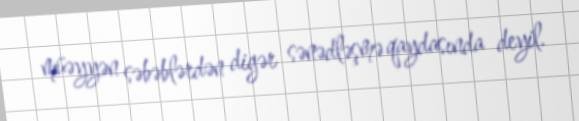
müəyyən səbəblərdən digər sənədləşmə qaydasında deyil.